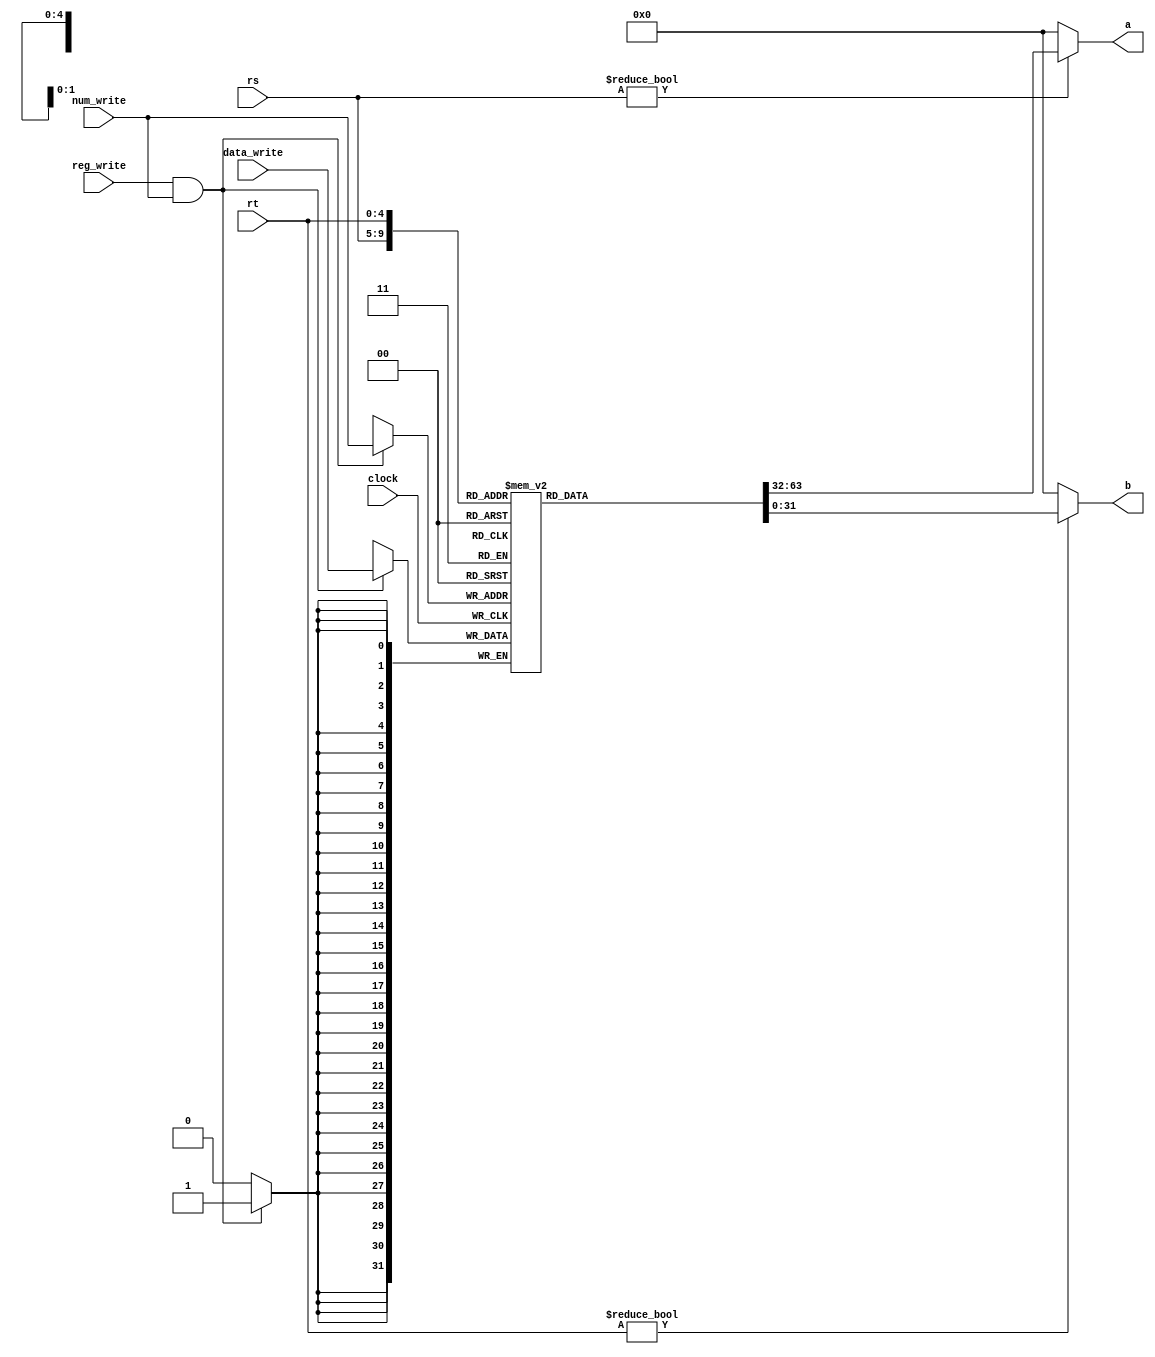
module gpr(a,b,clock,reg_write,num_write,rs,rt,data_write);
output [31:0] a;  
output [31:0] b;
input clock;
input reg_write;
input [4:0] rs; //1
input [4:0] rt; //2
input [4:0] num_write; //
input [31:0] data_write; //
reg [31:0] gp_registers[31:0];  //32

//   gp_registers[0] 0

always@(posedge clock)//
	begin
	if(reg_write&&num_write)
		gp_registers[num_write]=data_write;
		//data_writenum_write
	end

//
assign a=(rs!=0)?gp_registers[rs]:0;
assign b=(rt!=0)?gp_registers[rt]:0;

endmodule